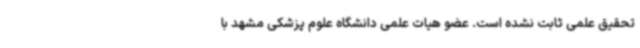
تحقیق علمی ثابت نشده است. عضو هیات علمی دانشگاه علوم پزشکی مشهد با